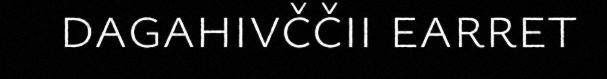
dagahivččii earret